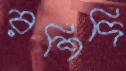
রশিদি